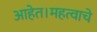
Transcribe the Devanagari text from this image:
आहेत।महत्वाचे